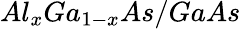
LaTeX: Al_{x}Ga_{1-x}As/GaAs